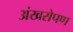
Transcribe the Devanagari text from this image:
अंखरोपण